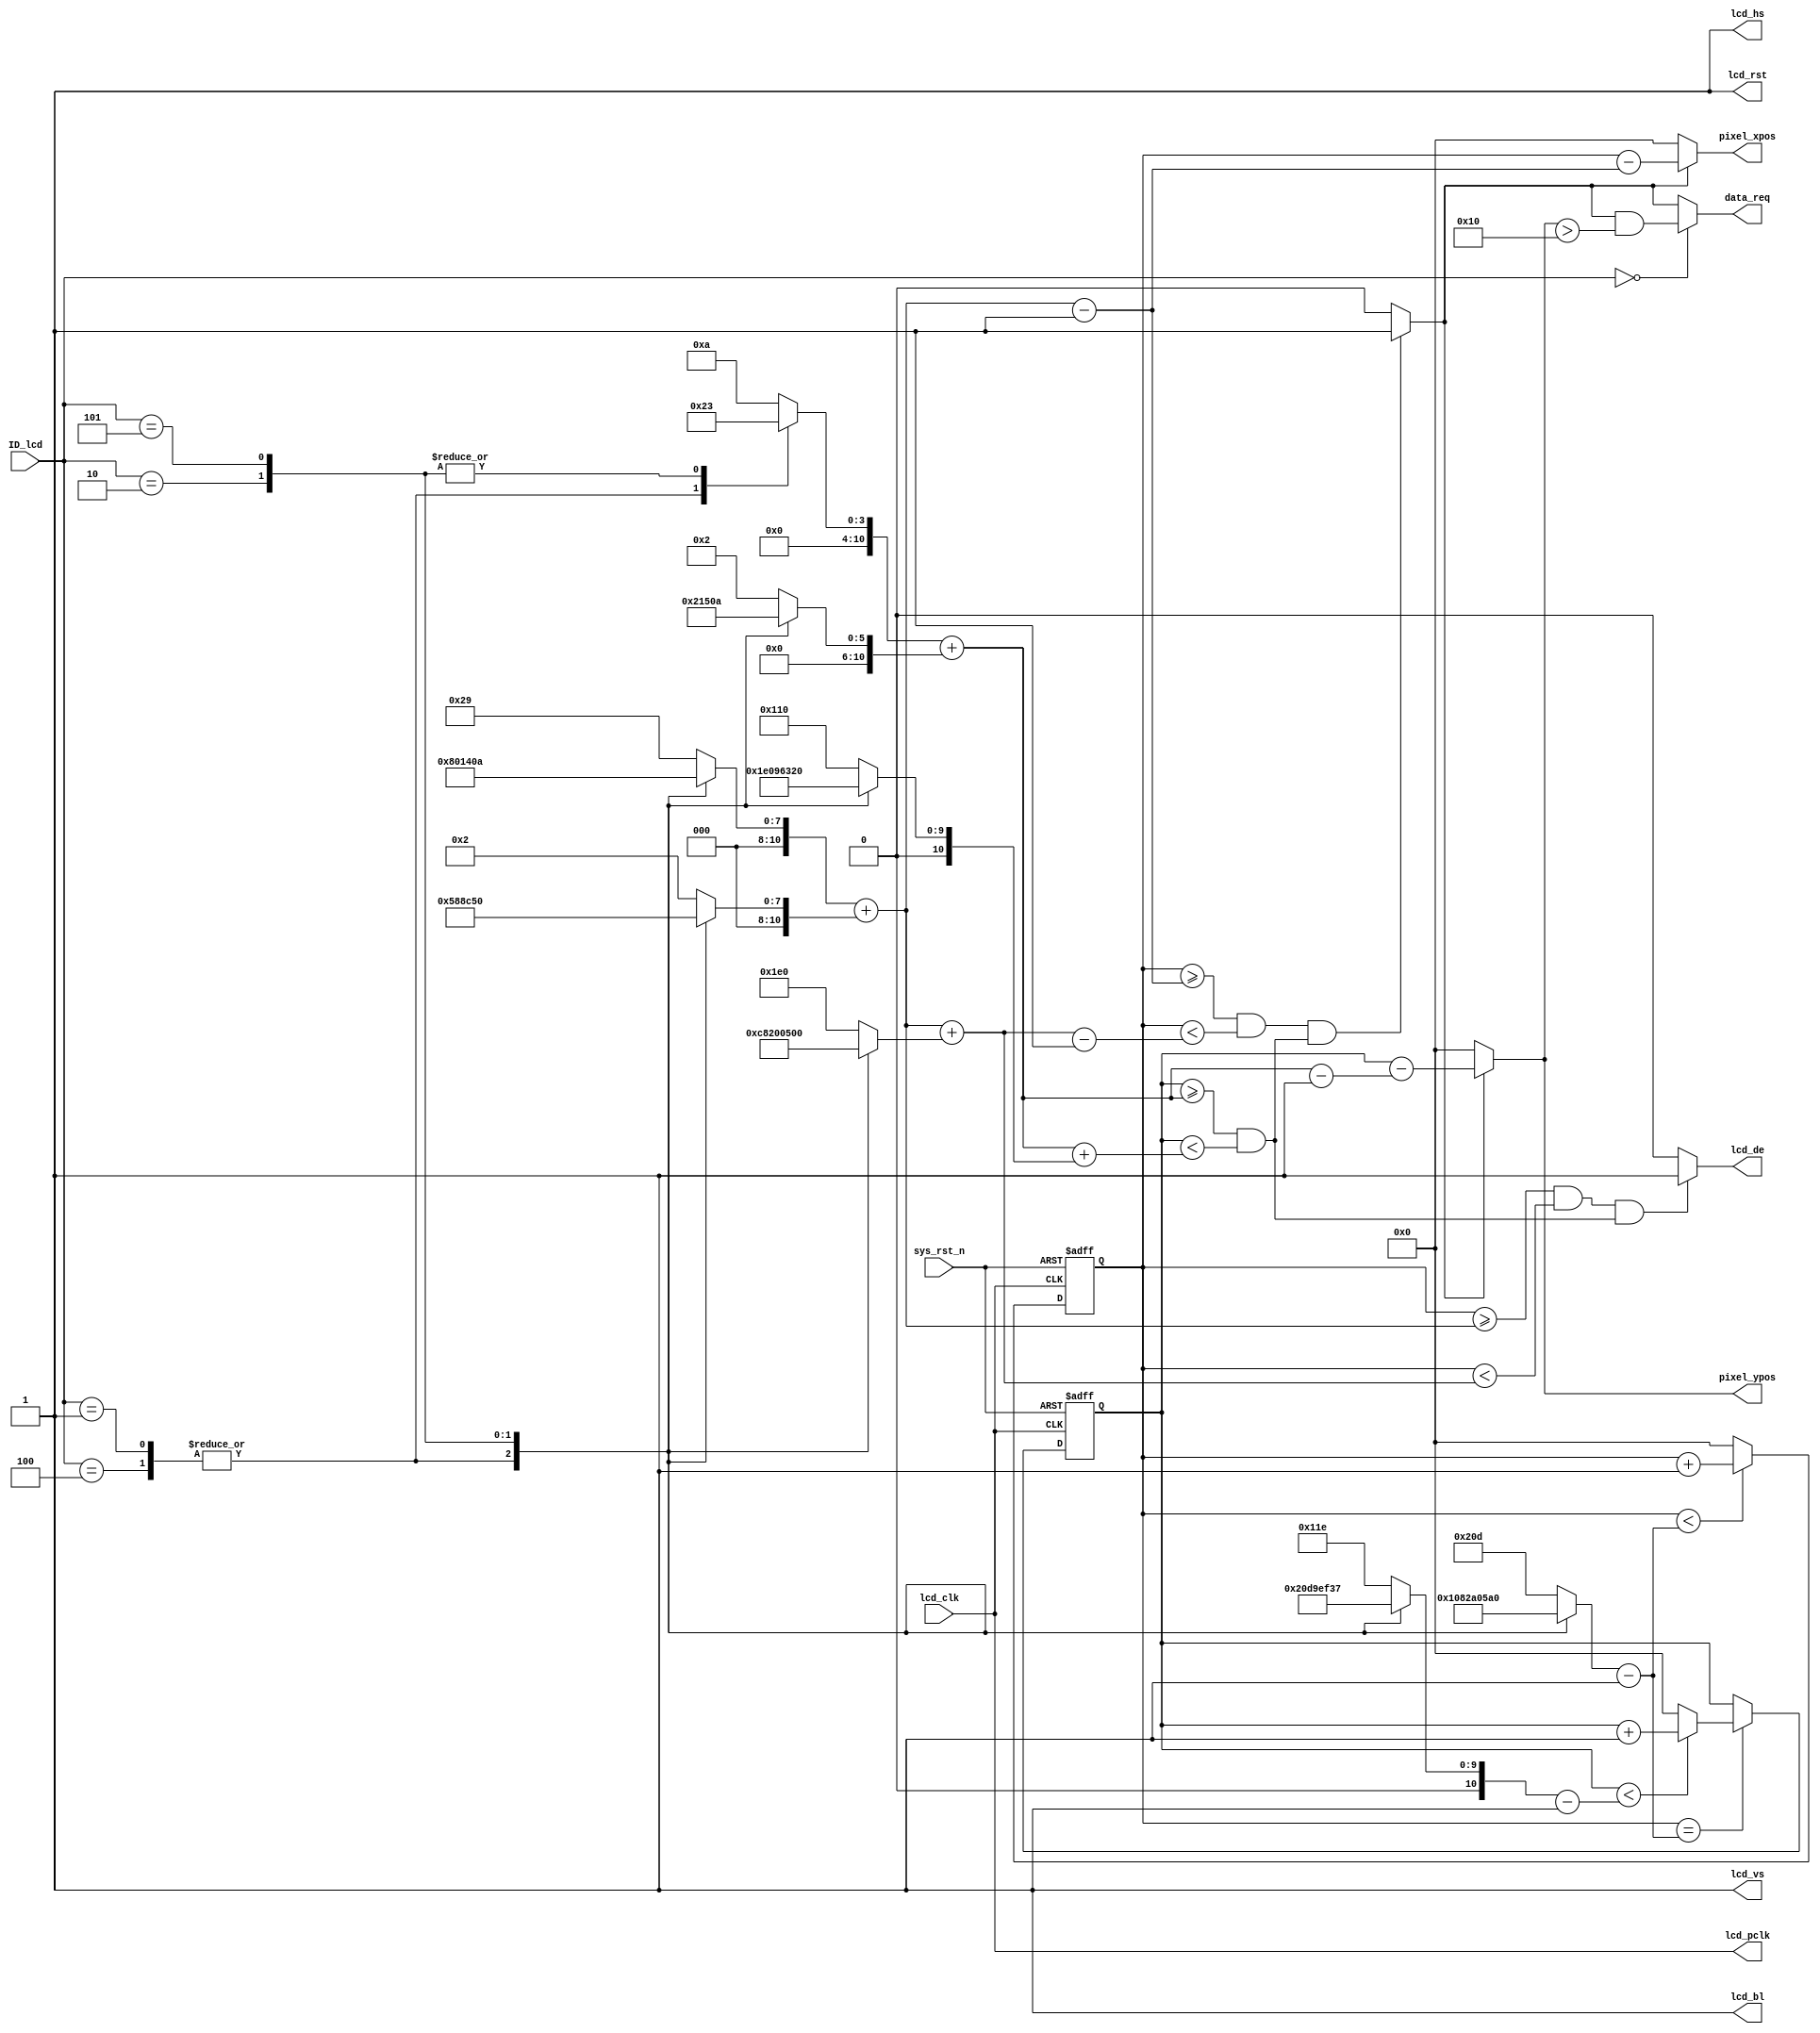
//****************************************Copyright (c)***********************************//
//www.openedv.com
//http://openedv.taobao.com 
//""FPGA & STM32
//
//Copyright(C)  2018-2028
//All rights reserved	                               
//----------------------------------------------------------------------------------------
// File name:           lcd_driver
// Last modified Date:  2018/11/2 11:12:36
// Last Version:        V1.1
// Descriptions:        RGB LCD
//----------------------------------------------------------------------------------------
// Created by:          
// Created date:        2018/1/29 10:55:56
// Version:             V1.0
// Descriptions:        The original version
//
//----------------------------------------------------------------------------------------
// Modified by:		    
// Modified date:	    2018/1/30 11:12:36
// Version:			    V1.1
// Descriptions:	    RGB LCD
//
//----------------------------------------------------------------------------------------
//****************************************************************************************//

module lcd_driver(
    input              lcd_clk,      //lcd
    input              sys_rst_n,    //
    //RGB LCD                             
    output             lcd_hs,       //LCD 
    output             lcd_vs,       //LCD 
    output             lcd_de,       //LCD 
    output             lcd_bl,       //LCD 
    output             lcd_rst,      //LCD 
    output             lcd_pclk,     //LCD 
       
    output             data_req  ,   // 
    output     [10:0]  pixel_xpos,   //
    output     [10:0]  pixel_ypos,   //
    input      [15:0]  ID_lcd        //LCDID
    );                             
                                                        
//parameter define  
// 4.3' 480*272
parameter  H_SYNC_4342   =  11'd41;     //
parameter  H_BACK_4342   =  11'd2;      //
parameter  H_DISP_4342   =  11'd480;    //
parameter  H_FRONT_4342  =  11'd2;      //
parameter  H_TOTAL_4342  =  11'd525;    //
   
parameter  V_SYNC_4342   =  11'd10;     //
parameter  V_BACK_4342   =  11'd2;      //
parameter  V_DISP_4342   =  11'd272;    //
parameter  V_FRONT_4342  =  11'd2;      //
parameter  V_TOTAL_4342  =  11'd286;    //

// 4.3' 800*480
parameter  H_SYNC_4384   =  11'd128;     //
parameter  H_BACK_4384   =  11'd88;      //
parameter  H_DISP_4384   =  11'd800;    //
parameter  H_FRONT_4384  =  11'd40;      //
parameter  H_TOTAL_4384  =  11'd1056;    //
   
parameter  V_SYNC_4384   =  11'd2;      //
parameter  V_BACK_4384   =  11'd33;      //
parameter  V_DISP_4384   =  11'd480;    //
parameter  V_FRONT_4384  =  11'd10;      //
parameter  V_TOTAL_4384  =  11'd525;    //

// 7' 800*480   
parameter  H_SYNC_7084   =  11'd128;    //
parameter  H_BACK_7084   =  11'd88;     //
parameter  H_DISP_7084   =  11'd800;    //
parameter  H_FRONT_7084  =  11'd40;     //
parameter  H_TOTAL_7084  =  11'd1056;   //
   
parameter  V_SYNC_7084   =  11'd2;      //
parameter  V_BACK_7084   =  11'd33;     //
parameter  V_DISP_7084   =  11'd480;    //
parameter  V_FRONT_7084  =  11'd10;     //
parameter  V_TOTAL_7084  =  11'd525;    //       
   
// 7' 1024*600   
parameter  H_SYNC_7016   =  11'd20;     //
parameter  H_BACK_7016   =  11'd140;    //
parameter  H_DISP_7016   =  11'd1024;   //
parameter  H_FRONT_7016  =  11'd160;    //
parameter  H_TOTAL_7016  =  11'd1344;   //
   
parameter  V_SYNC_7016   =  11'd3;      //
parameter  V_BACK_7016   =  11'd20;     //
parameter  V_DISP_7016   =  11'd600;    //
parameter  V_FRONT_7016  =  11'd12;     //
parameter  V_TOTAL_7016  =  11'd635;    //
   
// 10.1' 1280*800   
parameter  H_SYNC_1018   =  11'd10;     //
parameter  H_BACK_1018   =  11'd80;     //
parameter  H_DISP_1018   =  11'd1280;   //
parameter  H_FRONT_1018  =  11'd70;     //
parameter  H_TOTAL_1018  =  11'd1440;   //
   
parameter  V_SYNC_1018   =  11'd3;      //
parameter  V_BACK_1018   =  11'd10;     //
parameter  V_DISP_1018   =  11'd800;    //
parameter  V_FRONT_1018  =  11'd10;     //
parameter  V_TOTAL_1018  =  11'd823;    //

//LCDID
parameter  ID_4342 =   0;
parameter  ID_7084 =   1;
parameter  ID_7016 =   2;
parameter  ID_1018 =   5;
parameter  ID_4384 =   4;          
//reg define                                     
reg  [10:0] cnt_h;
reg  [10:0] cnt_v;
reg  [10:0] h_sync ;
reg  [10:0] h_back ;
reg  [10:0] h_disp ;
reg  [10:0] h_total;
reg  [10:0] v_sync ;
reg  [10:0] v_back ;
reg  [10:0] v_disp ;
reg  [10:0] v_total;

//wire define
wire       lcd_en;
wire       data_req_valid;        //VGA
//*****************************************************
//**                    main code
//*****************************************************
assign lcd_bl   = 1'b1;           //RGB LCD
assign lcd_rst  = 1'b1;           //RGB LCD
assign lcd_pclk = lcd_clk;        //RGB LCD

//RGB LCD 
assign lcd_de  = lcd_en;          //LCD
assign lcd_hs  = 1'b1;
assign lcd_vs  = 1'b1;

//RGB565
assign lcd_en  = (((cnt_h >= h_sync+h_back) && (cnt_h < h_sync+h_back+h_disp))
                 &&((cnt_v >= v_sync+v_back) && (cnt_v < v_sync+v_back+v_disp)))
                 ?  1'b1 : 1'b0;

//                
assign data_req_valid = (((cnt_h >= h_sync+h_back-1'b1) && (cnt_h < h_sync+h_back+h_disp-1'b1))
                  && ((cnt_v >= v_sync+v_back) && (cnt_v < v_sync+v_back+v_disp)))
                  ?  1'b1 : 1'b0;

//                 
assign data_req = (ID_lcd ==ID_4342) ? (data_req_valid && pixel_ypos > 16): data_req_valid ;                

//         
assign pixel_xpos = data_req_valid ? (cnt_h - (h_sync + h_back - 1'b1)) : 11'd0;
assign pixel_ypos = data_req_valid ? (cnt_v - (v_sync + v_back - 1'b1 )): 11'd0;

//
always @(*) begin         
    case(ID_lcd)
    ID_4342 : begin
        h_sync  = H_SYNC_4342; 
        h_back  = H_BACK_4342; 
        h_disp  = H_DISP_4342; 
        h_total = H_TOTAL_4342;
        v_sync  = V_SYNC_4342; 
        v_back  = V_BACK_4342; 
        v_disp  = V_DISP_4342; 
        v_total = V_TOTAL_4342;
    end 
    ID_4384 : begin
        h_sync  = H_SYNC_4384; 
        h_back  = H_BACK_4384; 
        h_disp  = H_DISP_4384; 
        h_total = H_TOTAL_4384;
        v_sync  = V_SYNC_4384; 
        v_back  = V_BACK_4384; 
        v_disp  = V_DISP_4384; 
        v_total = V_TOTAL_4384;
    end 
    ID_7084 : begin
        h_sync  = H_SYNC_7084; 
        h_back  = H_BACK_7084; 
        h_disp  = H_DISP_7084; 
        h_total = H_TOTAL_7084;
        v_sync  = V_SYNC_7084; 
        v_back  = V_BACK_7084; 
        v_disp  = V_DISP_7084; 
        v_total = V_TOTAL_7084;
    end 
    ID_7016 : begin 
        h_sync  = H_SYNC_7016; 
        h_back  = H_BACK_7016; 
        h_disp  = H_DISP_7016; 
        h_total = H_TOTAL_7016;
        v_sync  = V_SYNC_7016; 
        v_back  = V_BACK_7016; 
        v_disp  = V_DISP_7016; 
        v_total = V_TOTAL_7016;
    end 
    ID_1018 : begin 
        h_sync  = H_SYNC_1018; 
        h_back  = H_BACK_1018; 
        h_disp  = H_DISP_1018; 
        h_total = H_TOTAL_1018;
        v_sync  = V_SYNC_1018; 
        v_back  = V_BACK_1018; 
        v_disp  = V_DISP_1018; 
        v_total = V_TOTAL_1018;
    end 
    default : begin 
        h_sync  = H_SYNC_4342; 
        h_back  = H_BACK_4342; 
        h_disp  = H_DISP_4342; 
        h_total = H_TOTAL_4342;
        v_sync  = V_SYNC_4342; 
        v_back  = V_BACK_4342; 
        v_disp  = V_DISP_4342; 
        v_total = V_TOTAL_4342;
    end
    endcase
end 

//
always @(posedge lcd_clk or negedge sys_rst_n) begin         
    if (!sys_rst_n)
        cnt_h <= 11'd0;                                  
    else begin
        if(cnt_h < h_total - 1'b1)                                               
            cnt_h <= cnt_h + 1'b1;                               
        else 
            cnt_h <= 11'd0;  
    end
end

//
always @(posedge lcd_clk or negedge sys_rst_n) begin         
    if (!sys_rst_n)
        cnt_v <= 11'd0;                                  
    else if(cnt_h == h_total - 1'b1) begin
        if(cnt_v < v_total - 1'b1)                                               
            cnt_v <= cnt_v + 1'b1;                               
        else 
            cnt_v <= 11'd0;  
    end
end

endmodule